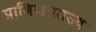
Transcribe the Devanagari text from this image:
प्राणिसाम्राज्य